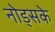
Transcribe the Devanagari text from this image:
नोड्सके